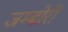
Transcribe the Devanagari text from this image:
जम्बोरी